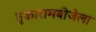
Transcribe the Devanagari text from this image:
तुकारामबीजेला